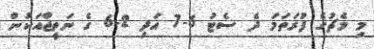
މި މެޗުގެ ފުރަތަމަ ދެ ސެޓު 6-7 އަދި 2-6 ގެ ނަތީޖާއަކުން